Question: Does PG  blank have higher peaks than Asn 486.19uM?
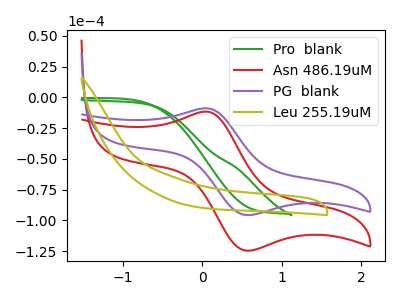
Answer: <think>The green curve "Pro  blank" has no peaks. The red curve "Asn 486.19uM" has an anodic peak at (0.05V, -11.65uA) and a cathodic peak at (0.55V, -124.50uA). The purple curve "PG  blank" has an anodic peak at (0.05V, -8.95uA) and a cathodic peak at (0.55V, -95.60uA). The olive curve "Leu 255.19uM" has no peaks.</think>
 <answer>The peaks in "PG  blank" are neither all higher or all lower than the peaks in "Asn 486.19uM".</answer>
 <eval>mixed</eval>